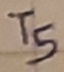
Text: T5